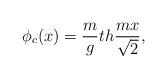
LaTeX: \begin{align*}\phi_c (x) = \frac{m}{g} th \frac{mx}{\sqrt{2}}, \end{align*}